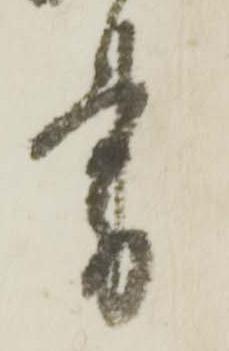
書